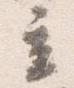
立